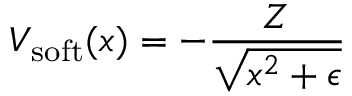
V _ { \mathrm { s o f t } } ( x ) = - \frac { Z } { \sqrt { x ^ { 2 } + \epsilon } }